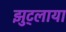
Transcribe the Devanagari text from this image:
झुट्लाया